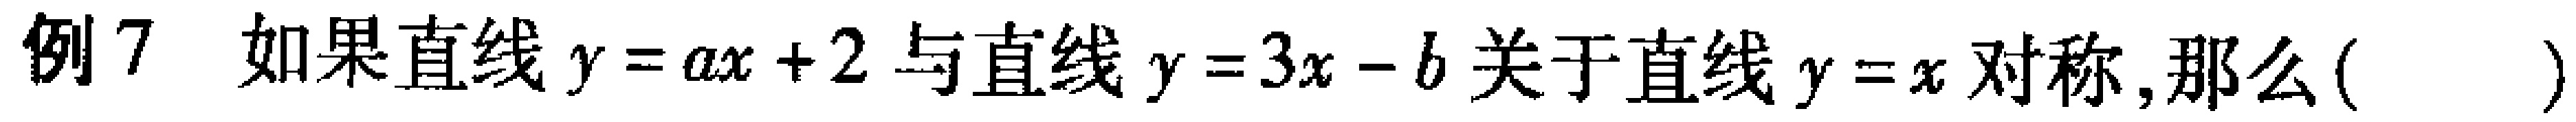
例7 如果直线$y = ax + 2$与直线$y = 3x - b$关于直线$y = x$对称,那么( )